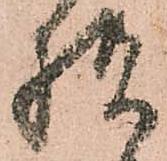
様